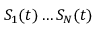
S _ { 1 } ( t ) \ldots S _ { N } ( t )